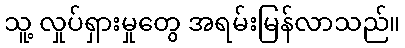
သူ့ လှုပ်ရှားမှုတွေ အရမ်းမြန်လာသည်။